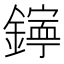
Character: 𨭋